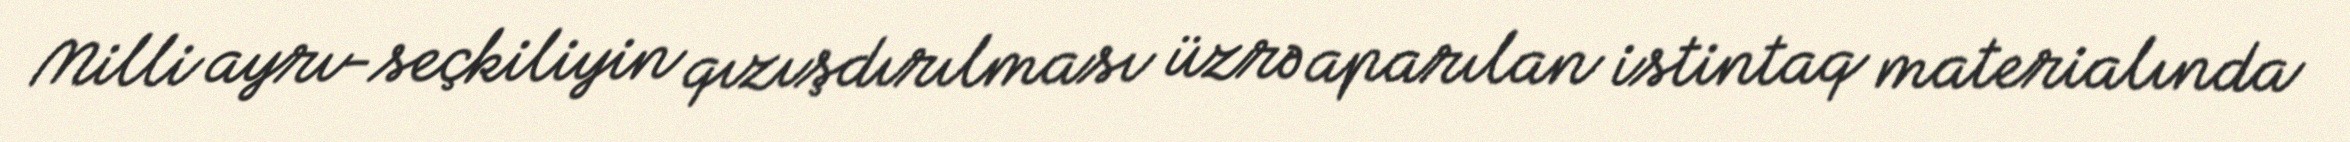
Milli ayrı-seçkiliyin qızışdırılması üzrə aparılan istintaq materialında